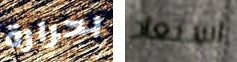
بحرارة استعاد